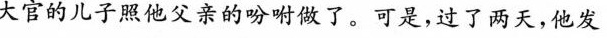
大官的儿子照他父亲的吩咐做了。可是，过了两天，他发